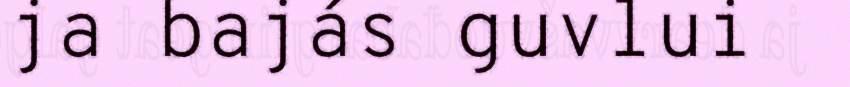
ja bajás guvlui